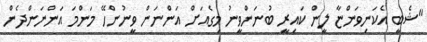
"ޝެބީ އެކަނިވަންޏާ ލީން ކައިރީ ބުނަންވީނު މިގެއަށް އަންނަން ވީނުންހޭ މަންމަ އަންނަންދެން